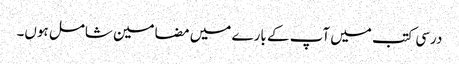
درسی کتب میں آپ کے بارے میں مضامین شامل ہوں۔